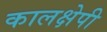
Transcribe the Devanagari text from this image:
कालक्षेपी